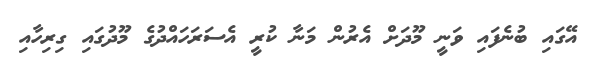
އޭގައި ބުނެފައި ވަނީ މޫދަށް އެރުން މަނާ ކުރީ އެސަރަހައްދުގެ މޫދުގައި ގިރިހާއި